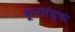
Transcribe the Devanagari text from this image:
कूपमंडूक